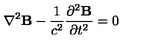
{ \bf \nabla } ^ { 2 } { \bf B } - { \frac { 1 } { c ^ { 2 } } } { \frac { \partial ^ { 2 } { \bf B } } { \partial t ^ { 2 } } } = 0